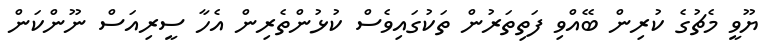
ޔޫވީ މެޗުގެ ކުރިން ބޭއްވި ފަތިތަރުން ތަކުގައިވެސް ކުޅުންތެރިން އެހާ ސީރިއަސް ނޫންކަން